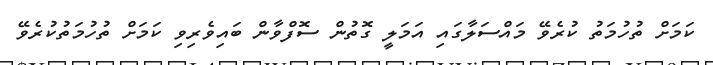
ކަމަށް ތުހުމަތު ކުރެވޭ މައްސަލާގައި އަމަލީ ގޮތުން ސޮފްވާން ބައިވެރިވި ކަމަށް ތުހުމަތުކުރެވޭ